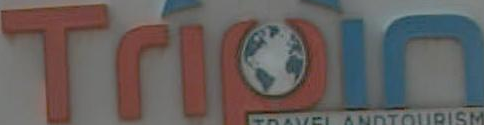
Tripin